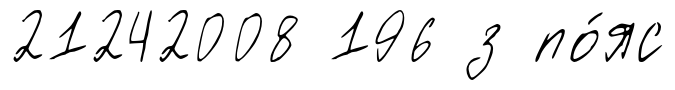
21242008 196 з по́яс